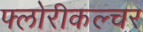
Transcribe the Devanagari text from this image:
फ्लोरीकल्चर